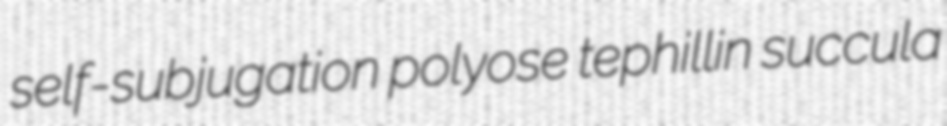
self-subjugation polyose tephillin succula